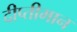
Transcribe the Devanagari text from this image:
दीप्तीमान